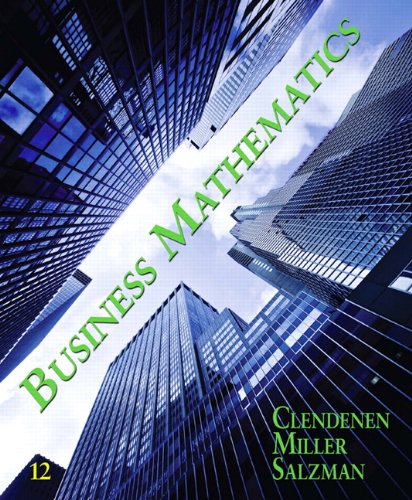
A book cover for Business Mathematics (12th Edition); Gary Clendenen; Business & Money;